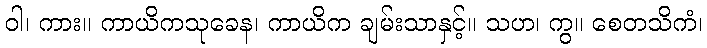
ဝါ၊ ကား။ ကာယိကသုခေန၊ ကာယိက ချမ်းသာနှင့်။ သဟ၊ ကွ။ စေတသိကံ၊